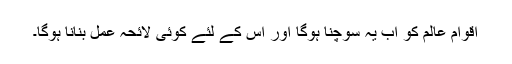
اقوامِ عالم کو اب یہ سوچنا ہوگا اور اس کے لئے کوئی لائحہ عمل بنانا ہوگا۔